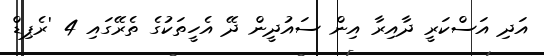
އަދި އަސްކަރީ ދާއިރާ އިން ސައުދީން ދޭ އެހީތަކުގެ ތެރޭގައި 4 'ރެޕިޑް